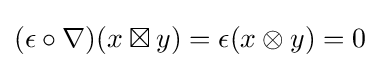
(\epsilon \circ \nabla )(x\boxtimes y)=\epsilon (x\otimes y)=0